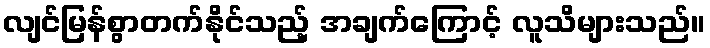
လျင်မြန်စွာတက်နိုင်သည့် အချက်ကြောင့် လူသိများသည်။